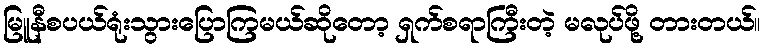
မြူနီစပယ်ရုံးသွားပြောကြမယ်ဆိုတော့ ရှက်စရာကြီးတဲ့ မလုပ်ဖို့ တားတယ်။